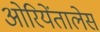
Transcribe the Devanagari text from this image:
ओरियेंतालेस